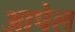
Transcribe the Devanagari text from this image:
आपेल